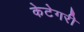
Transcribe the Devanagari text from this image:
केटेगरी